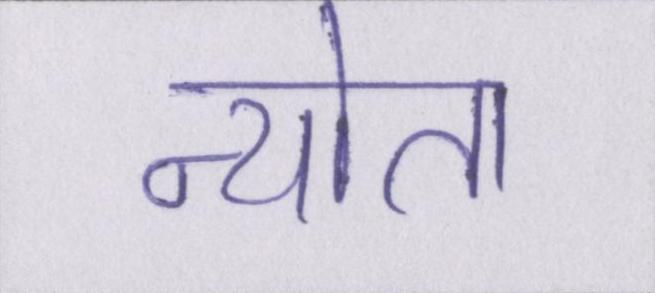
न्योता